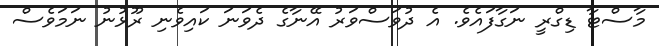
މާސްޓާ ޑިގްރީ ނަގާފައެވެ. އެ ދުވަސްވަރު އޭނާގެ ދެވަނަ ކައިވެނި ރޫޅުނު ނަމަވެސް